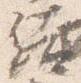
結